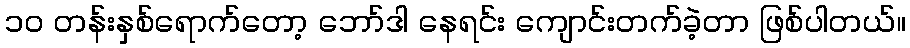
၁၀ တန်းနှစ်ရောက်တော့ ဘော်ဒါ နေရင်း ကျောင်းတက်ခဲ့တာ ဖြစ်ပါတယ်။